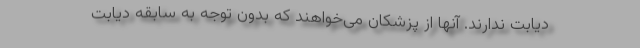
دیابت ندارند. آنها از پزشکان می‌خواهند که بدون توجه به سابقه دیابت